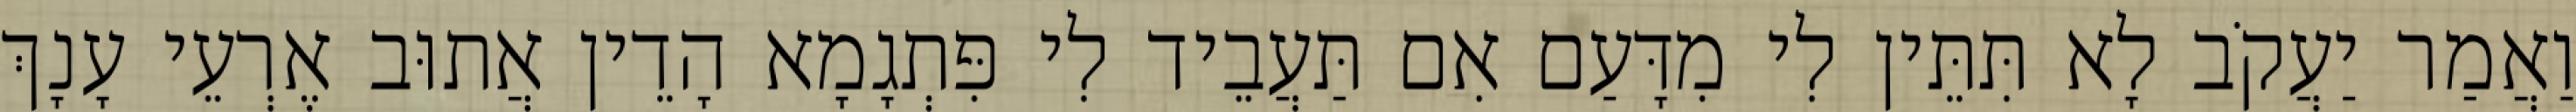
וַאֲמַר יַעֲקֹב לָא תִּתֵּין לִי מִדָּעַם אִם תַּעֲבֵיד לִי פִּתְגָמָא הָדֵין אֲתוּב אֶרְעֵי עָנָךְ